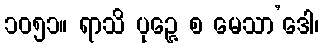
၁၀၅၁။ ရာသိ ပုဉ္ဇေ စ မေသာ’ဒေါ၊